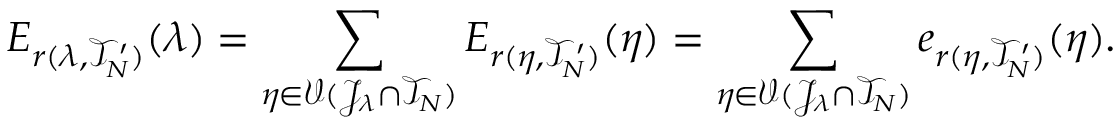
E _ { r ( \lambda , \mathcal { T } _ { N } ^ { \prime } ) } ( \lambda ) = \sum _ { \eta \in \mathcal { V } ( \mathcal { J } _ { \lambda } \cap \mathcal { T } _ { N } ) } E _ { r ( \eta , \mathcal { T } _ { N } ^ { \prime } ) } ( \eta ) = \sum _ { \eta \in \mathcal { V } ( \mathcal { J } _ { \lambda } \cap \mathcal { T } _ { N } ) } e _ { r ( \eta , \mathcal { T } _ { N } ^ { \prime } ) } ( \eta ) .